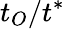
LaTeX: t_{O}/t^{*}